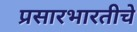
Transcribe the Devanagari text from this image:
प्रसारभारतीचे